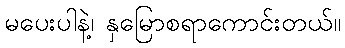
မပေးပါနဲ့၊ နှမြောစရာကောင်းတယ်။